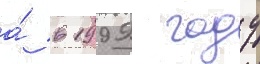
а́ в 1999 году